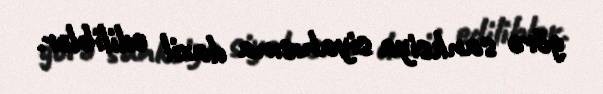
görə sanksiya siyahısına daxil ediliblər.